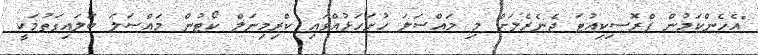
"އެހެންކަމުން ޕްރޮސިކިއުޓަ ޖެނެރެލަށް މި މައްސަލަ ހުށަހަޅުއްވައި ކްރިމިނަލް ކޯޓުން މައްސަލަ ބަލައިގަތުމަކީ